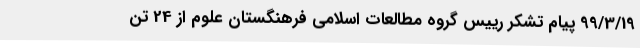
99/3/19 پیام تشکر رییس گروه مطالعات اسلامی فرهنگستان علوم از 24 تن